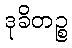
ဒုခိတဉ္စ